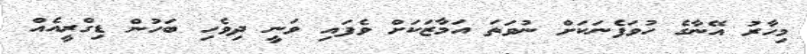
މިހާރު އޭނާގެ ހުވަފެނަކަށް ނުވަތަ އަމާޒަކަށް ވެފައި ވަނީ ދިވެހި ބަހުން ޑިގްރީއެއް